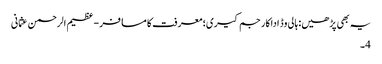
یہ بھی پڑھیں: ہالی وڈ اداکار جم کیری؛ معرفت کا مسافر - عظیم الرحمن عثمانی
4۔